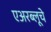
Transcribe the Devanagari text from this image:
एअरब्लूचे